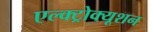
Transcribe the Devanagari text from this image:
एल्क्ट्रोक्यूशन